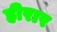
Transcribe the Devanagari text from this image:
हीरार